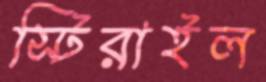
স্টিরাইল